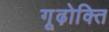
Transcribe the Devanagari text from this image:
गूढ़ोक्ति